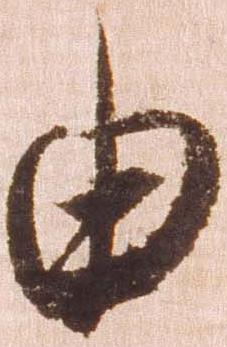
由